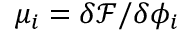
\mu _ { i } = { \delta \mathcal { F } } / { \delta { \phi _ { i } } }